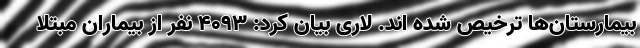
بیمارستان‌ها ترخیص شده اند. لاری بیان کرد: ۴۰۹۳ نفر از بیماران مبتلا